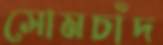
সোমচাঁদ